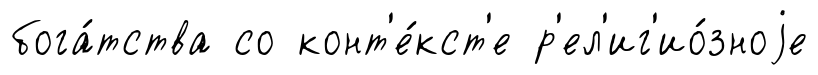
бога́тства со конт'е́кст'е р'ел'иг'ио́зноjе